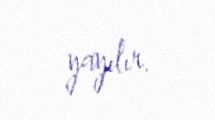
yayılır.